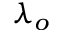
\lambda _ { o }